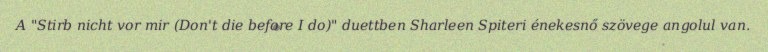
A "Stirb nicht vor mir (Don't die before I do)" duettben Sharleen Spiteri énekesnő szövege angolul van.